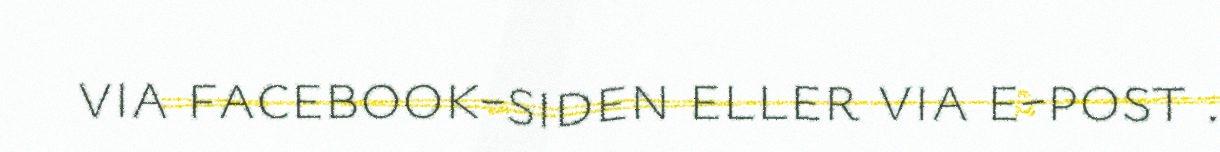
via facebook-siden eller via e-post .